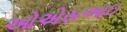
ઓએસઆઇ